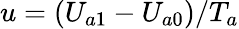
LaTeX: u=(U_{a1}-U_{a0})/T_{a}